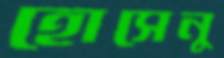
হোসেনু